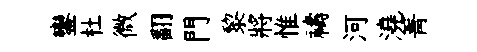
鑾杜微翻門黎將惟禱河澆箐